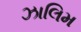
ઝાલિમ